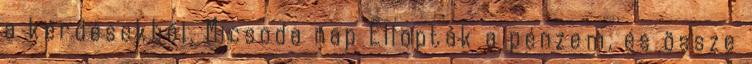
a kérdésekből. Micsoda nap Ellopták a pénzem, és össze